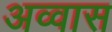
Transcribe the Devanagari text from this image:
अव्वास